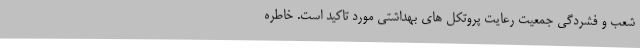
شعب و فشردگی جمعیت رعایت پروتکل های بهداشتی مورد تاکید است. خاطره